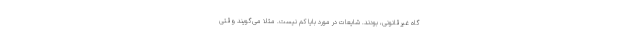
گاه غیرقانونی، بودند. شایعات در مورد بایا کم نیست. مثلا می‌گویند وقتی